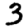
Digit: 3